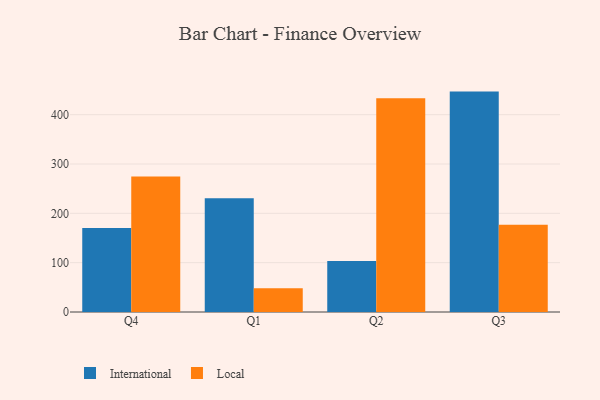
{"axis": {"x": "Quarter", "y": "Page Views"}, "legend": ["International", "Local"], "data": [{"x": "Q4", "y": 170.4, "type": "International"}, {"x": "Q4", "y": 274.5, "type": "Local"}, {"x": "Q1", "y": 230.6, "type": "International"}, {"x": "Q1", "y": 47.9, "type": "Local"}, {"x": "Q2", "y": 103.2, "type": "International"}, {"x": "Q2", "y": 433.3, "type": "Local"}, {"x": "Q3", "y": 446.8, "type": "International"}, {"x": "Q3", "y": 177.1, "type": "Local"}]}